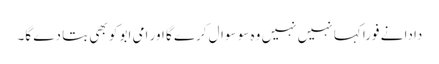
دادا نے فورا کہا نہیں نہیں وہ سو سوال کرے گا اور امی ابو کو بھی بتا دے گا۔